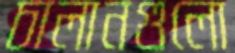
চালানগুলো